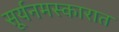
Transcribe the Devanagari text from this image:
सूर्यनमस्कारात